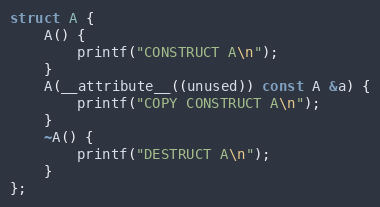
Language: C++
struct A {
    A() {
        printf("CONSTRUCT A\n");
    }
    A(__attribute__((unused)) const A &a) {
        printf("COPY CONSTRUCT A\n");
    }
    ~A() {
        printf("DESTRUCT A\n");
    }
};